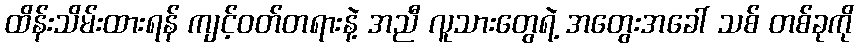
ထိန်းသိမ်းထားရန် ကျင့်ဝတ်တရားနဲ့ အညီ လူသားတွေရဲ့ အတွေးအခေါ် သစ် တစ်ခုကို